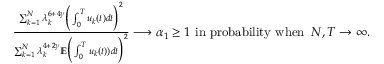
\begin{array} { r } { \frac { \sum _ { k = 1 } ^ { N } \lambda _ { k } ^ { 6 + 4 \gamma } \Big ( \int _ { 0 } ^ { T } u _ { k } ( t ) d t \Big ) ^ { 2 } } { \sum _ { k = 1 } ^ { N } \lambda _ { k } ^ { 4 + 2 \gamma } \mathbb E \Big ( \int _ { 0 } ^ { T } u _ { k } ( t ) ) d t \Big ) ^ { 2 } } \longrightarrow \alpha _ { 1 } \ge 1 \mathrm { ~ i n ~ p r o b a b i l i t y ~ w h e n ~ } \, N , T \rightarrow \infty . } \end{array}